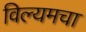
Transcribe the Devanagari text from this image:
विल्यमचा